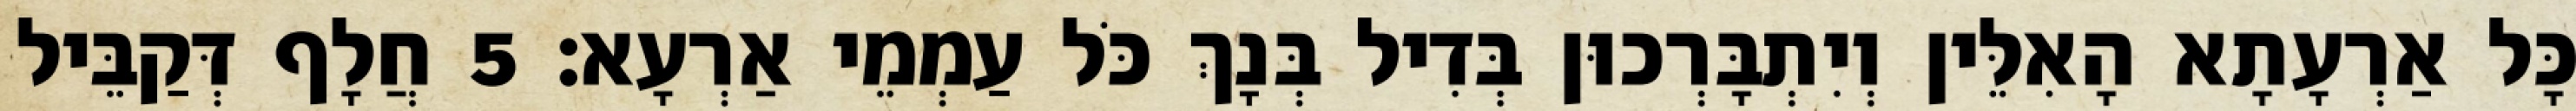
כָּל אַרְעָתָא הָאִלֵּין וְיִתְבָּרְכוּן בְּדִיל בְּנָךְ כֹּל עַמְמֵי אַרְעָא׃ 5 חֲלָף דְּקַבֵּיל